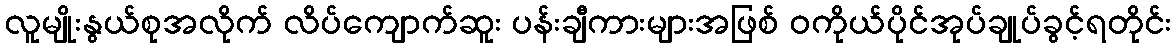
လူမျိုးနွယ်စုအလိုက် လိပ်ကျောက်ဆူး ပန်းချီကားများအဖြစ် ဝကိုယ်ပိုင်အုပ်ချုပ်ခွင့်ရတိုင်း